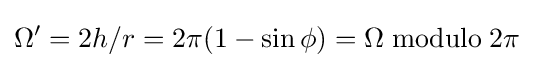
\Omega '=2h/r=2\pi (1-\sin \phi )=\Omega \;{\rm {modulo}}\;2\pi